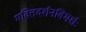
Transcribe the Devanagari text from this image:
भक्तिदर्शनविमर्शः